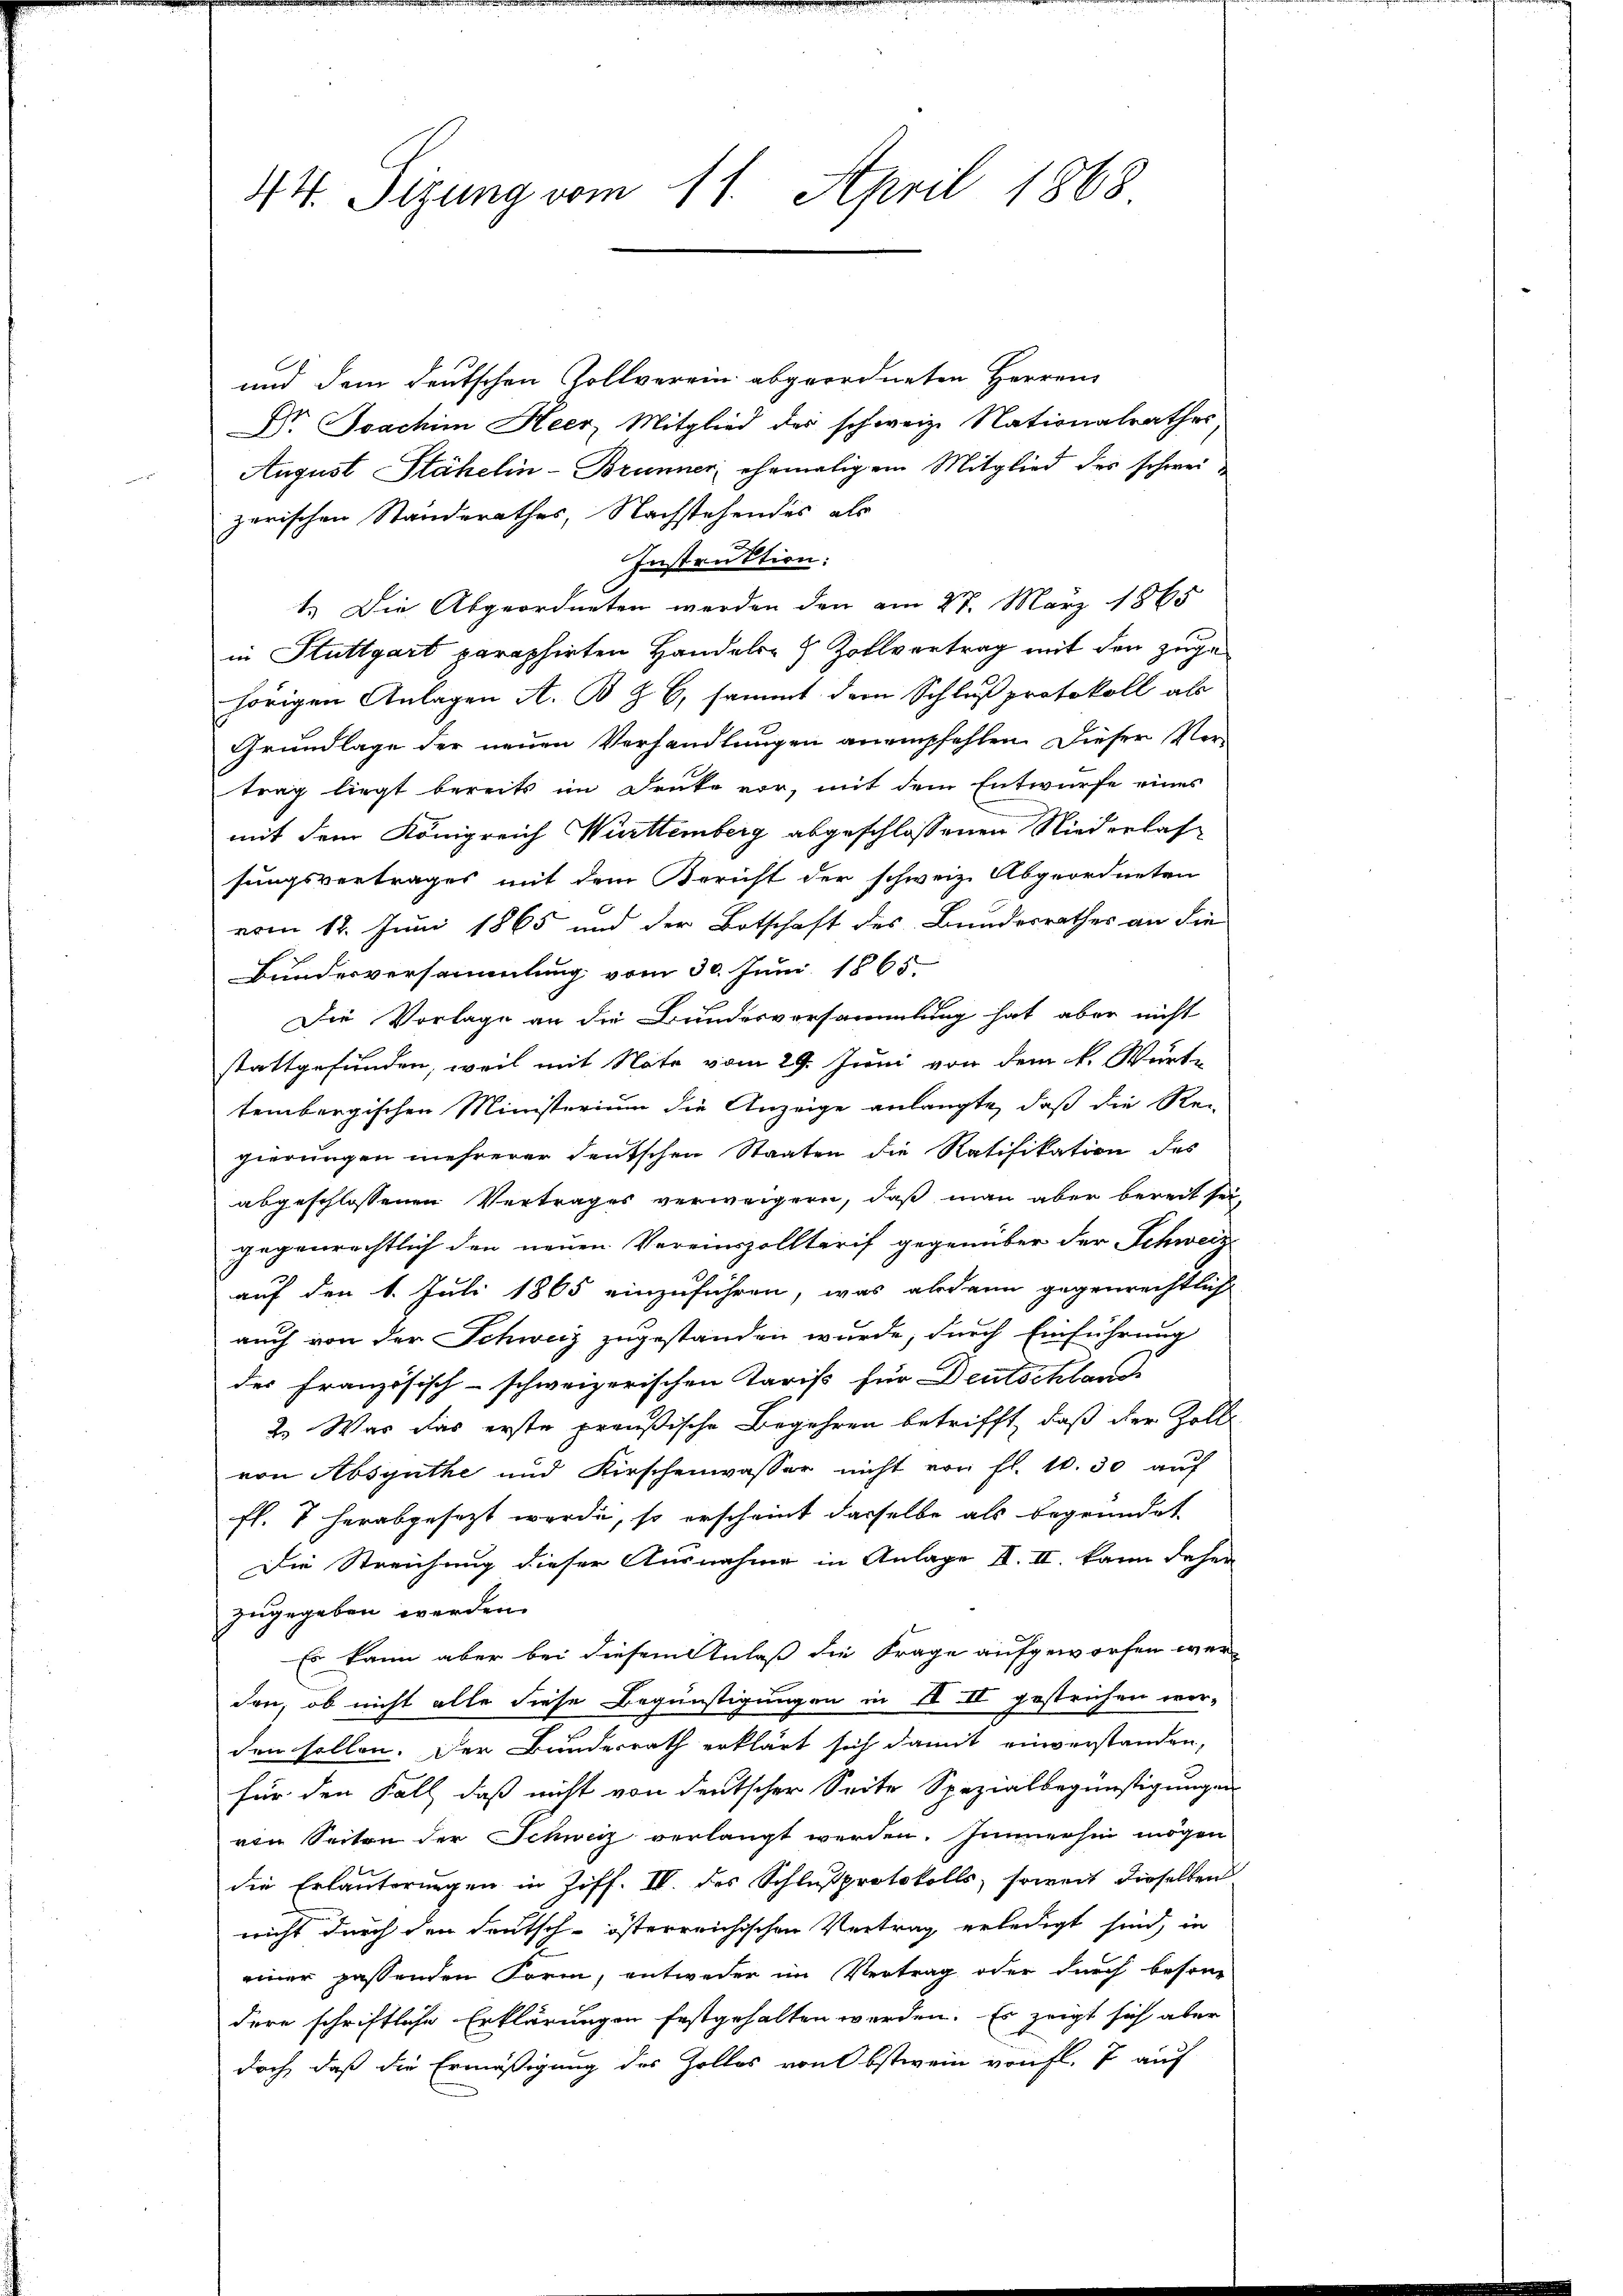
44. Sigung vom 11. April 1868

und dem deutschen Zollverein abgeordneten Herren
Dr. Joachim Heer, Mitglied der schweiz. Nationalrathes
August Stähelin - Brunner, ehemaligem Mitglied der schweizerischen Standsrathes, Nachstehendes als
Instruktion:
1.) Die Abgeordneten werden den am 27. März 1865
in Stuttgart paraphirten Handels- & Zollvertrag mit den zuge
hörigen Anlagen A. B. Z. 6, sammt dem Schluß protokoll als
Grundlage der neuen Verhandlungen anempfehlen. Dieser Vertrag liegt bereits im Druke vor, mit dem Entwurfe eines
mit dem Königreich Württemberg abgeschlossenen Niederlas-
sungsvertrages mit dem Bericht der schweiz. Abgeordneten
vom 18. Juni 1865 und der Botschaft des Bundesrathes an die
Bundesversammlung vom 30. Juni 1865.
Die Vorlage an die Bundesversammlung hat aber nicht
stattgefunden, weil mit Note vom 29. Juni von dem k. Warte
tembergischen Ministerium die Anzeige anlangte, daß die Re-
gierungen mehrerer deutschen Staaten die Ratifikation des
abgeschlossenen Vertrages verweigern, daß man aber bereit sei-
gegenrechtlich den neuen Vereinszolltarif gegenüber der Schweiz
auf den 1. Juli 1865 einzuführen, was alsdann gegenrechtlich
auch von der Schweiz zugestanden wurde, durch Einführung
des französisch-schweizerischen Taris für Deutschland
2. Was das erste preußische Begehren betrifft, daß der Zollvon Absynthe und Kirschenwasser nicht von fl. 10. 30 auf
fl. 7 herabgesezt werde, so erscheint dasselbe als begründet
Die Streichung dieser Ausnahme in Anlage II. II. kann daher
zugegeben werden.
Es kann aber bei diesem Anlaß die Frage aufgeworfen werden, ob nicht alle diese Begünstigungen in II. II gestrichen wor-
den sollen. Der Bundesrath erklärt sich damit einverstanden,
für den Fall, daß nicht von deutscher Seite Spezialbegünstigungen
von Seiten der Schweiz verlangt werden. Immerhin mögen
die Erläuterungen in Ziff. IV. des Schlußprotokolls, soweit dieselben
nicht durch den deutsch-österreichischen Vertrag erledigt sind, in
einer passenden Form, entweder im Vertrag oder durch besondere schriftliche Erklärungen festgehalten werden. Es zeigt sich aber
doch, daß die Ermäßigung des Zolles von Obstwein von fl. 7 auf